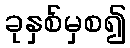
ခုနှစ်မှစ၍